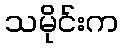
သမိုင်းက